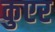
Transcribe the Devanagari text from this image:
कुएर